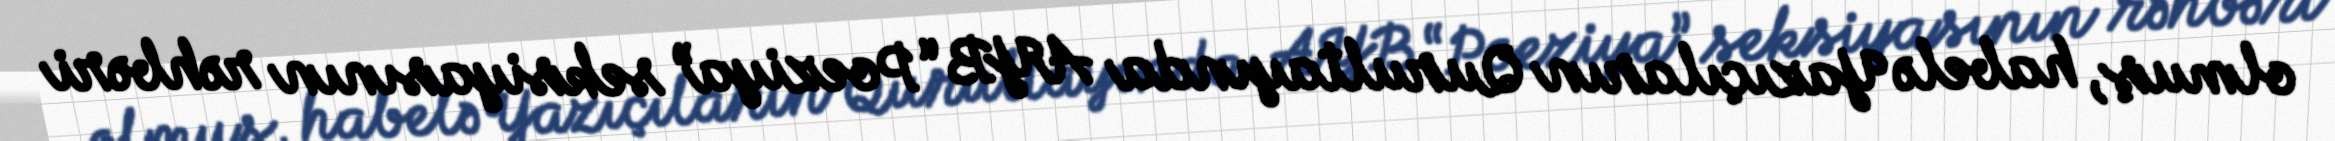
olmuş, habelə Yazıçıların Qurultayında AYB “Poeziya” seksiyasının rəhbəri